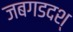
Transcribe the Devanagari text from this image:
जबगडदश्